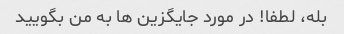
بله، لطفا! در مورد جایگزین ها به من بگویید